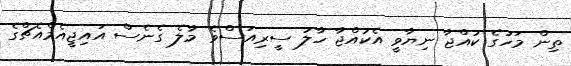
ތިން މަހުގެ ކުއްޖާ ނިޔާވީ އެކުއްޖާ ހާލު ސީރިއަސްވެ މާލެ ގެނެސް އައިޖީއެމްއެޗްގެ